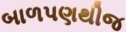
બાળપણથીજ